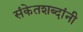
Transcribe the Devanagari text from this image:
संकेतशब्दांनी